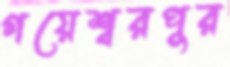
গয়েশ্বরপুর